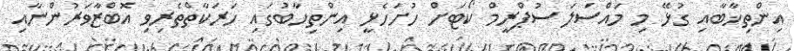
އިންތިޚާބާއި ގުޅޭ މި މައްސަލަ ސުޕްރީމް ކޯޓަށް ހުށަހެޅީ އިންތިހާބުގައި ހަރަކާތްތެރިވި އޮބްޒާވަރުންނާއި